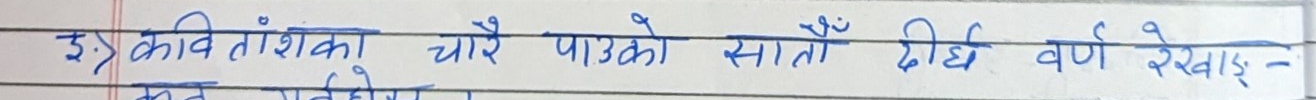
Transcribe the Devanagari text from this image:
३) कवितांशका चौरै पाऊको सातौं दिर्घ वर्ण रेखाइ -